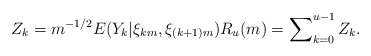
\begin{align*}Z_{k}=m^{-1/2}E(Y_{k}|\xi_{km},\xi_{(k+1)m})R_{u}(m)=\sum\nolimits_{k=0}^{u-1}Z_{k}. \end{align*}